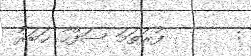
:       ފުރަތަމަ ސަފްހާ ޚަބަރު